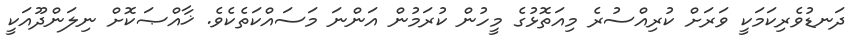
ދަނޑުވެރިކަމަކީ ވަރަށް ކުރިއްސުރެ މިއަތޮޅުގެ މީހުން ކުރަމުން އަންނަ މަސައްކަތެކެވެ. ޚާއްޞަކޮށް ނިލަންދޫއަކީ